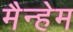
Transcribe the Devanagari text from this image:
मैन्हेम